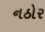
નઠોર